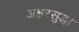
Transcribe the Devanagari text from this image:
अक्षरसुद्धा